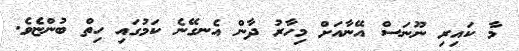
މާ ކައިރި ނޫނަސް އޭނާއަށް މިހާރު ދާން އެނގޭނެ ކަމުގައި ހިތް ބުންޏެވެ.